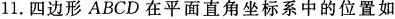
11. 四边形 ABCD 在平面直角坐标系中的位置如